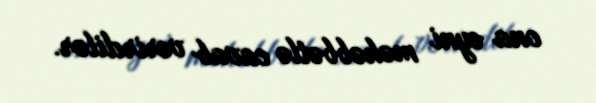
ona eyni məhəbbətlə cavab verirdilər.